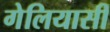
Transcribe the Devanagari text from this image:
गेलियासी